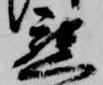
懇